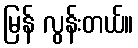
မြန် လွန်းတယ်။